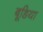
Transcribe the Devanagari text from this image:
बूडिया